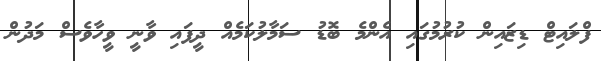
ފްލައިޓް ޑިޒައިން ކުރުމުގައި އެންމެ ބޮޑު ސަމާލުކަމެއް ދީފައި ވާނީ ވީހާވެސް މަދުން